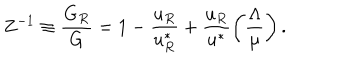
Z ^ { - 1 } \equiv \frac { G _ { R } } { G } = 1 - \frac { u _ { R } } { u _ { R } ^ { * } } + \frac { u _ { R } } { u ^ { * } } \left( \frac { \Lambda } { \mu } \right) .